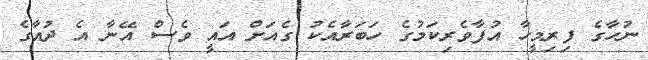
ނުހާގެ ފިރިމީހާ އުފާވެރިކަމުގެ ހަބަރާއެކު ގެއަށް އައީ ވެސް އޭނާ އެ ދުއާގެ